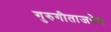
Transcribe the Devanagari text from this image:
गुरुगीताजपेन